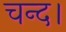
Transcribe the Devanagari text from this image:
चन्‍द।